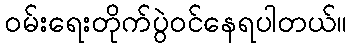
ဝမ်းရေးတိုက်ပွဲဝင်နေရပါတယ်။